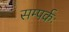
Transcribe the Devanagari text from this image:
सम्पर्कः